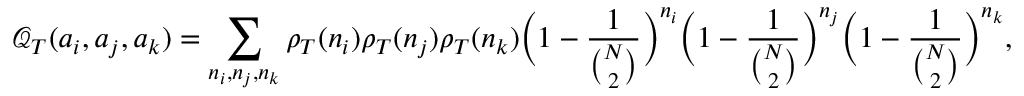
\mathcal { Q } _ { T } ( a _ { i } , a _ { j } , a _ { k } ) = \sum _ { n _ { i } , n _ { j } , n _ { k } } \rho _ { T } ( n _ { i } ) \rho _ { T } ( n _ { j } ) \rho _ { T } ( n _ { k } ) \bigg ( 1 - \frac { 1 } { { \binom { N } { 2 } } } \bigg ) ^ { n _ { i } } \bigg ( 1 - \frac { 1 } { { \binom { N } { 2 } } } \bigg ) ^ { n _ { j } } \bigg ( 1 - \frac { 1 } { { \binom { N } { 2 } } } \bigg ) ^ { n _ { k } } ,